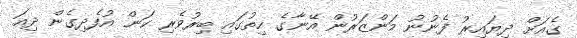
ގެއަށް ދިޔައިރު ފެނުނު މަންޒަރުން އޭނާގެ ހިތުގައި ބިރުވެރި ކަން އުފެދިގެން ދިއަ